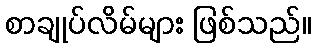
စာချုပ်လိမ်များ ဖြစ်သည်။